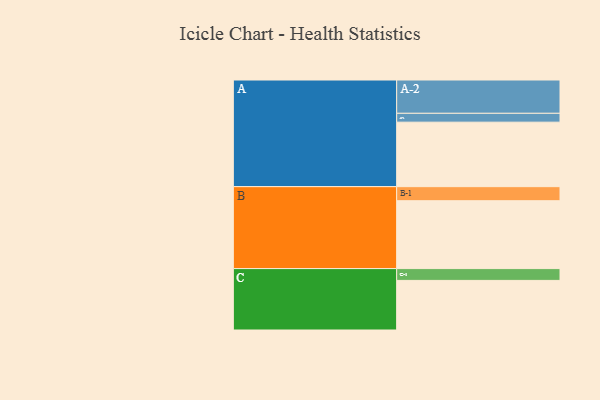
{"axis": {"x": "Segment", "y": "Value"}, "legend": ["", "A", "B", "C"], "data": [{"x": "A", "y": 459, "type": ""}, {"x": "B", "y": 483, "type": ""}, {"x": "C", "y": 353, "type": ""}, {"x": "A-1", "y": 63, "type": "A"}, {"x": "A-2", "y": 237, "type": "A"}, {"x": "B-1", "y": 100, "type": "B"}, {"x": "C-1", "y": 84, "type": "C"}]}